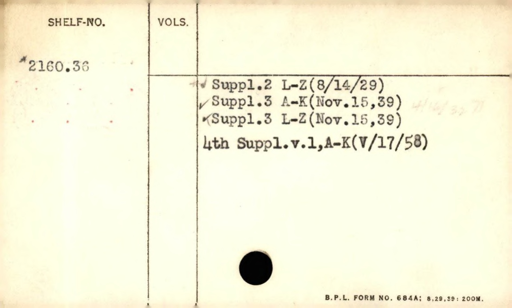
Label: content